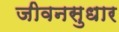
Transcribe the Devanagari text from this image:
जीवनसुधार